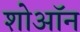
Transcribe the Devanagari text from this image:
शोऑन